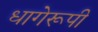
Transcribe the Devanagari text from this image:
धागेरूपी